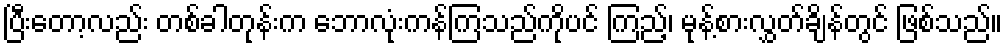
ပြီးတော့လည်း တစ်ခါတုန်းက ဘောလုံးကန်ကြသည်ကိုပင် ကြည့်၊ မုန့်စားလွှတ်ချိန်တွင် ဖြစ်သည်။